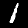
Label: 1